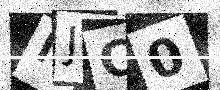
Text: NJC0